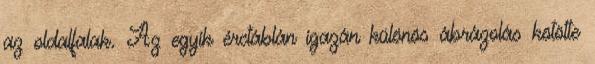
az oldalfalak. Az egyik érctáblán igazán különös ábrázolás kötötte